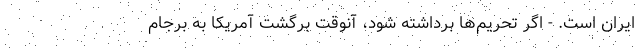
ایران است. - اگر تحریم‌ها برداشته شود، آنوقت برگشت آمریکا به برجام